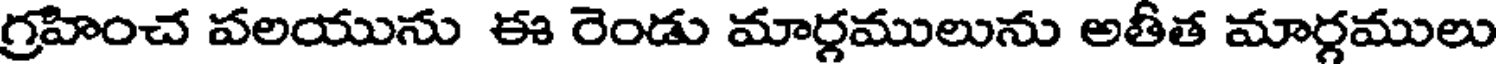
గ్రహించ వలయును ఈ రెండు మార్లములును అతీత మార్గములు